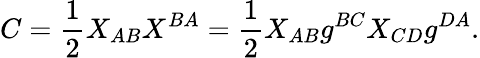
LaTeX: C={\frac{1}{2}}X_{AB}X^{BA}={\frac{1}{2}}X_{AB}g^{BC}X_{CD}g^{DA}.